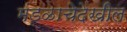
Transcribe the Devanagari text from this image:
मंडळाचेदेखील